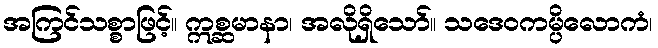
အကြင်သစ္စာဖြင့်။ ဣစ္ဆမာနာ၊ အလိုရှိသော်။ သဒေဝကမ္ပိလောကံ၊